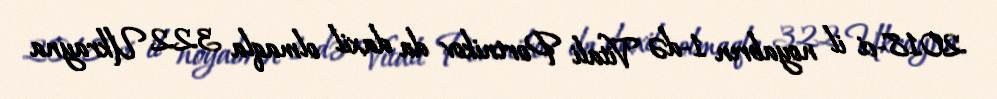
2018-ci il noyabrın 1-də Vitali Portnikov da daxil olmaqla 322 Ukrayna